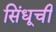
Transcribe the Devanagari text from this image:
सिंधूची